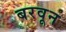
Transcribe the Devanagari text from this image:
बरवून